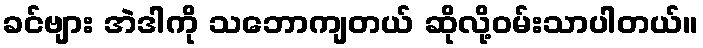
ခင်ဗျား အဲဒါကို သဘောကျတယ် ဆိုလို့ဝမ်းသာပါတယ်။